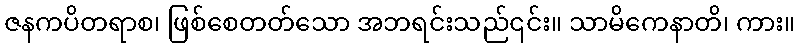
ဇနကပိတရာစ၊ ဖြစ်စေတတ်သော အဘရင်းသည်၎င်း။ သာမိကေနာတိ၊ ကား။